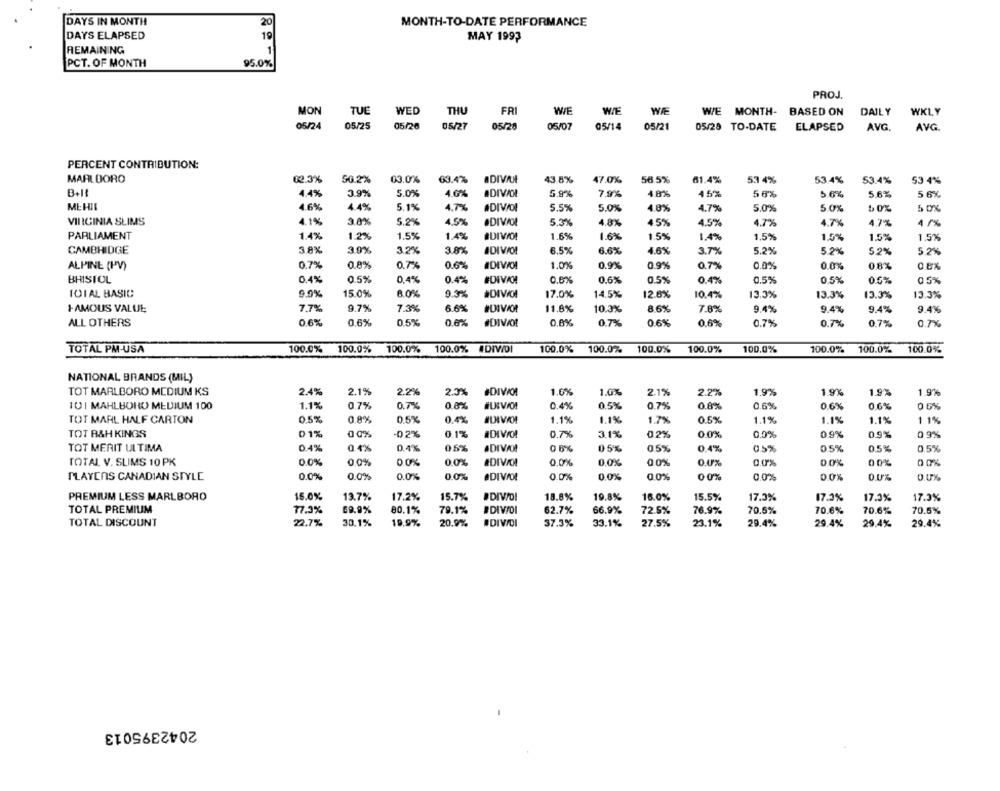
DAYS IN MONTH
20
MONTH-TO-DATE PERFORMANCE
DAYS ELAPSED
19
MAY 1993
1
REMAINING
PCT. OF MONTH
95.0%
PROJ.
TUE
WED
FRI
WIE
WE MONTH- BASED ON
DAILY
WKLY
MON
THU
05/24
05/25
05/26
05/27
05/20
05/07
05/14
05/21
05/29 TO-DATE
ELAPSED
AVG.
AVG
PERCENT CONTRIBUTION:
MARL DORO
12.3%
50.2%
03.0%
63.4%
43.8%
47.0%
56.5%
61.4%
53 4%
53.4% 53.4%
53.4%
53 4%
B+ !!
4.4%
3.9%
5.0%
4.0%
#DIVIDI
5.9%
7.9%
4.8%
45%
56%
5.6%
5.6%
5 6%
MEHIL
4.6%
4.4%
4.7%
#DIVIDI
5.5%
5 0%
5.1%
5.0%
4.0%
4.7%
5.0%
5 0%
5 0%
VIRGINIA SLIMS
4.1%
3.8%
5.2%
4.5%
ODIVIOL
5.3%
4.5%
4.8%
4.5%
4.7%
4.7%
4.7%
4 /%
PARLIAMENT
1.4%
1.2%
1.5%
1.4%
1.6%
1.6%
1.5%
1.4%
1.5%
1.5%
1.5%
1.5%
CAMBRIDGE
3.8%
3.9%
3.2%
3.8%
ADIVO!
6.5%
6.6%
4.6%
3.7%
5.2%
5.2%
5.2%
5.2%
ALPINE (IV)
0.7%
0.8%
0.7%
0.6%
#DIVOI
1.0%
0.9%
0.9%
0.7%
0.0%
0.0%
0.8%
O EX
BHISTOL
0.4%
0.5%
0,4%
0.4%
0.6%
0.6%
0.5%
0.4%
0.5%
0.5%
0.5%
05%
IDIAL BASIC
9.9%
15.0%
8.0%
9.3%
#DIVOI
17.0%
14.5%
12.6%
10.4%
13.3%
13.3%
13.3%
13.3%
FAMOUS VALUE
7.7%
9.7%
7.3%
6.6%
11.8%
10.3%
8.6%
7.8%
9.4%
9.4%
9.4%
9.4%
ALL OTHERS
0.6%
0.6%
0.5%
0.6%
#DIVO!
0.8%
0.7%
06%
0.6%
0.7%
0.7%
0.7%
0.7%
100.0%
100.0%
100.0% 100.0% DIVOI
100.0%
100.0%
100.0%
100.0%
100.0%
100.0%
100.0%
TOTAL PM-USA
100.0%
NATIONAL BRANDS (MIL)
TOT MARLBORO MEDIUM KS
2.4%
2.1%
2.2%
2.3%
#DIVOI
1.0%
1.0%
2.1%
2.2%
1.9%
1.9%
1.9%
1.9%
101 MAHLBOHO MEDIUM 100
1.1%
0.7%
0.7%
0.8%
0.4%
0.5%
0.7%
0.6%
0.6%
0.6%
0.6%
TOT MARL HALF CARTON
0.5%
0.8%
0.5%
0.4%.
1.1%
1.1%
1.7%
0.5%
1.1%
1.1%
1.1%
1 1%
TOT B&H KINGS
01%
0 0%
-02%
0.1%
#DIVIO!
0.7%
3.1%
0.2%
0.0%
0.0%
0.9%
0.9%
0 9%
TOT MERIT ULTIMA
0.4%
0.4%
0.4%
0.5%
aDIVA!
0 6%
05%
05%
0.4%
0.5%
05%
0.5%
0.5%
TOTAL V. SLIMS 10 PK
0.0%
00%
0.0%
0.0%
#DIVIO!
0,0%
0.0%
0.0%
0.0%
0.0%
0.0%
00%
00%
PLAYERS CANADIAN STYLE
0.0%
0.0%
0.0%
0.0%
0.0%
#DIVOI
0.0%
0.0%
0 0%
0.0%
0.0%
0.0%
0.0%
PREMIUM LESS MARLBORO
15.0%
13.7%
17.2%
15.7%
18.8%
19.8%
16.0%
15.5%
17.5%
17.3%
17.3%
17.3%
TOTAL PREMIUM
77.3%
69.9%
80.1%
79.1%
#DIVO
62.7%
66.9%
72.5%
76.9%
70.5%
70.6%
70.6%
70.6%
TOTAL DISCOUNT
22.7%
30.1%
20.9%
#DIVIDI
37.3%
33.1%
19.9%
27.5%
23.1%
29.4%
29.4%
29.4%
29.4%
2042395013